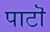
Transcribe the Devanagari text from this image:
पाटॊ